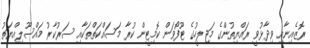
ރޮޒެއިނާއި ވިދާޅުވީ ރައްޔިތުންގެ މަޖިލީހުގެ ޓޫފޯވަން ކޮމިޓީން ކުރާ މަސައްކަތްތަކާއި ސަރުކާރު މައްސޫލިއްޔަތު